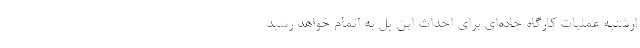
ارشنبه عملیات کارگاه جاده‌ای برای احداث این پل به اتمام خواهد رسید